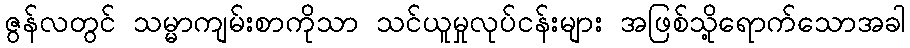
ဇွန်လတွင် သမ္မာကျမ်းစာကိုသာ သင်ယူမှုလုပ်ငန်းများ အဖြစ်သို့ရောက်သောအခါ